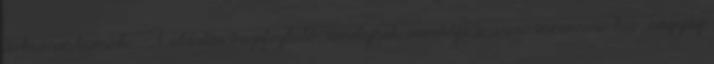
dokumentumok: - 1 oldalas összefoglaló, amelynek mintája a www.innovacio.hu nagydij